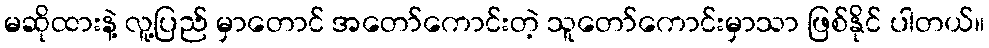
မဆိုထားနဲ့ လူ့ပြည် မှာတောင် အတော်ကောင်းတဲ့ သူတော်ကောင်းမှာသာ ဖြစ်နိုင် ပါတယ်။